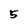
Character: 5